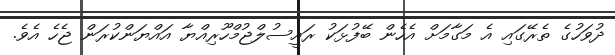
ދުވަހުގެ ތެރޭގައި އެ މަގާމަށް އެހެން ބޭފުޅަކު ރައީސުލްޖުމްހޫރިއްޔާ އައްޔަންކުރަން ޖެހެ އެވެ.